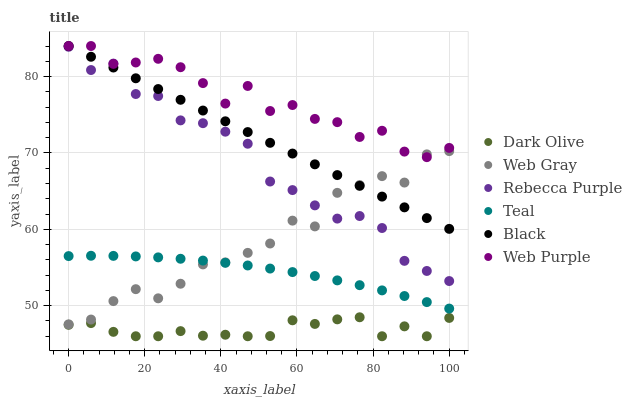
| xaxis_label | Dark Olive | Web Gray | Rebecca Purple | Teal | Black | Web Purple |
 | --- | --- | --- | --- | --- | --- | --- |
 | 0 | 47.5 | 47.6 | 83.9 | 56.5 | 84 | 84 |
 | 5.88 | 47.7 | 48.2 | 80.9 | 56.5 | 82.6 | 84 |
 | 11.8 | 46.6 | 50.6 | 81.7 | 56.5 | 81.2 | 81.7 |
 | 17.6 | 46 | 52.2 | 77.7 | 56.5 | 79.8 | 81.8 |
 | 23.5 | 46 | 51 | 77.5 | 56.3 | 78.4 | 82.3 |
 | 29.4 | 46.7 | 52.9 | 74.3 | 56.1 | 77 | 81.2 |
 | 35.3 | 46.1 | 55.4 | 73.9 | 55.9 | 75.6 | 79.1 |
 | 41.2 | 46.2 | 55.7 | 72.8 | 55.6 | 74.1 | 76.5 |
 | 47.1 | 46 | 56.9 | 71.2 | 55.3 | 72.7 | 78.8 |
 | 52.9 | 46 | 58.1 | 66.3 | 54.9 | 71.3 | 75.5 |
 | 58.8 | 48.1 | 61.1 | 65.1 | 54.4 | 69.9 | 76.3 |
 | 64.7 | 47.6 | 60.4 | 63.1 | 53.9 | 68.5 | 74.5 |
 | 70.6 | 48.2 | 64.8 | 61.4 | 53.3 | 67.1 | 74 |
 | 76.5 | 48.5 | 65.8 | 61.7 | 52.7 | 65.7 | 72.1 |
 | 82.4 | 46 | 67 | 60.2 | 52 | 64.3 | 72.9 |
 | 88.2 | 47.3 | 66.1 | 55.9 | 51.3 | 62.9 | 70.2 |
 | 94.1 | 46 | 69.8 | 54.5 | 50.5 | 61.5 | 69.4 |
 | 100 | 48.4 | 70.2 | 53.2 | 49.6 | 60.1 | 70.7 |